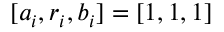
[ a _ { i } , r _ { i } , b _ { i } ] = [ 1 , 1 , 1 ]